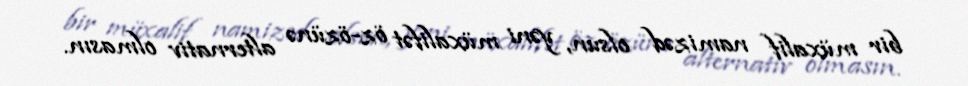
bir müxalif namizəd olsun, yəni müxalifət öz-özünə alternativ olmasın.